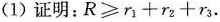
(1) 证明：$$R ≥ r _ { 1 } + r _ { 2 } + r _ { 3 }$$.